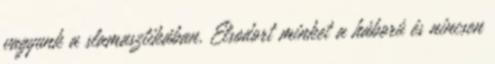
vagyunk a slamasztikában. Elsodort minket a háború és nincsen